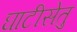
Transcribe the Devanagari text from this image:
घाटीसेतु